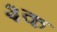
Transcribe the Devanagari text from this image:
३क